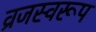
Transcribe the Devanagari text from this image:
व्रजस्वरूप